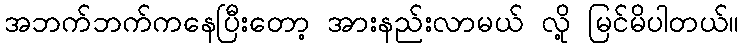
အဘက်ဘက်ကနေပြီးတော့ အားနည်းလာမယ် လို့ မြင်မိပါတယ်။